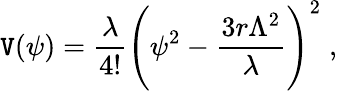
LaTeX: \mathtt{V}(\psi)={\frac{{\lambda}}{{4!}}}\Biggl(\psi^{2}-{\frac{{3r\Lambda^{2}}}{{\lambda}}}\Biggr)^{2}\; ,